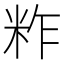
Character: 𥹁